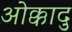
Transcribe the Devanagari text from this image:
ओक्कादु